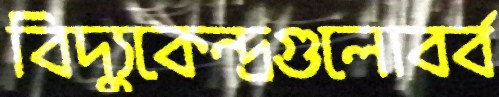
বিদ্যুকেন্দ্রগুলোবর্ব